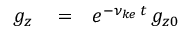
\begin{array} { r l r } { g _ { z } } & { { } = } & { e ^ { - \nu _ { k e } \, t } \, g _ { z 0 } } \end{array}